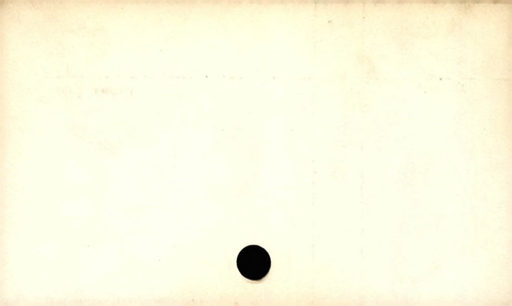
Label: blank